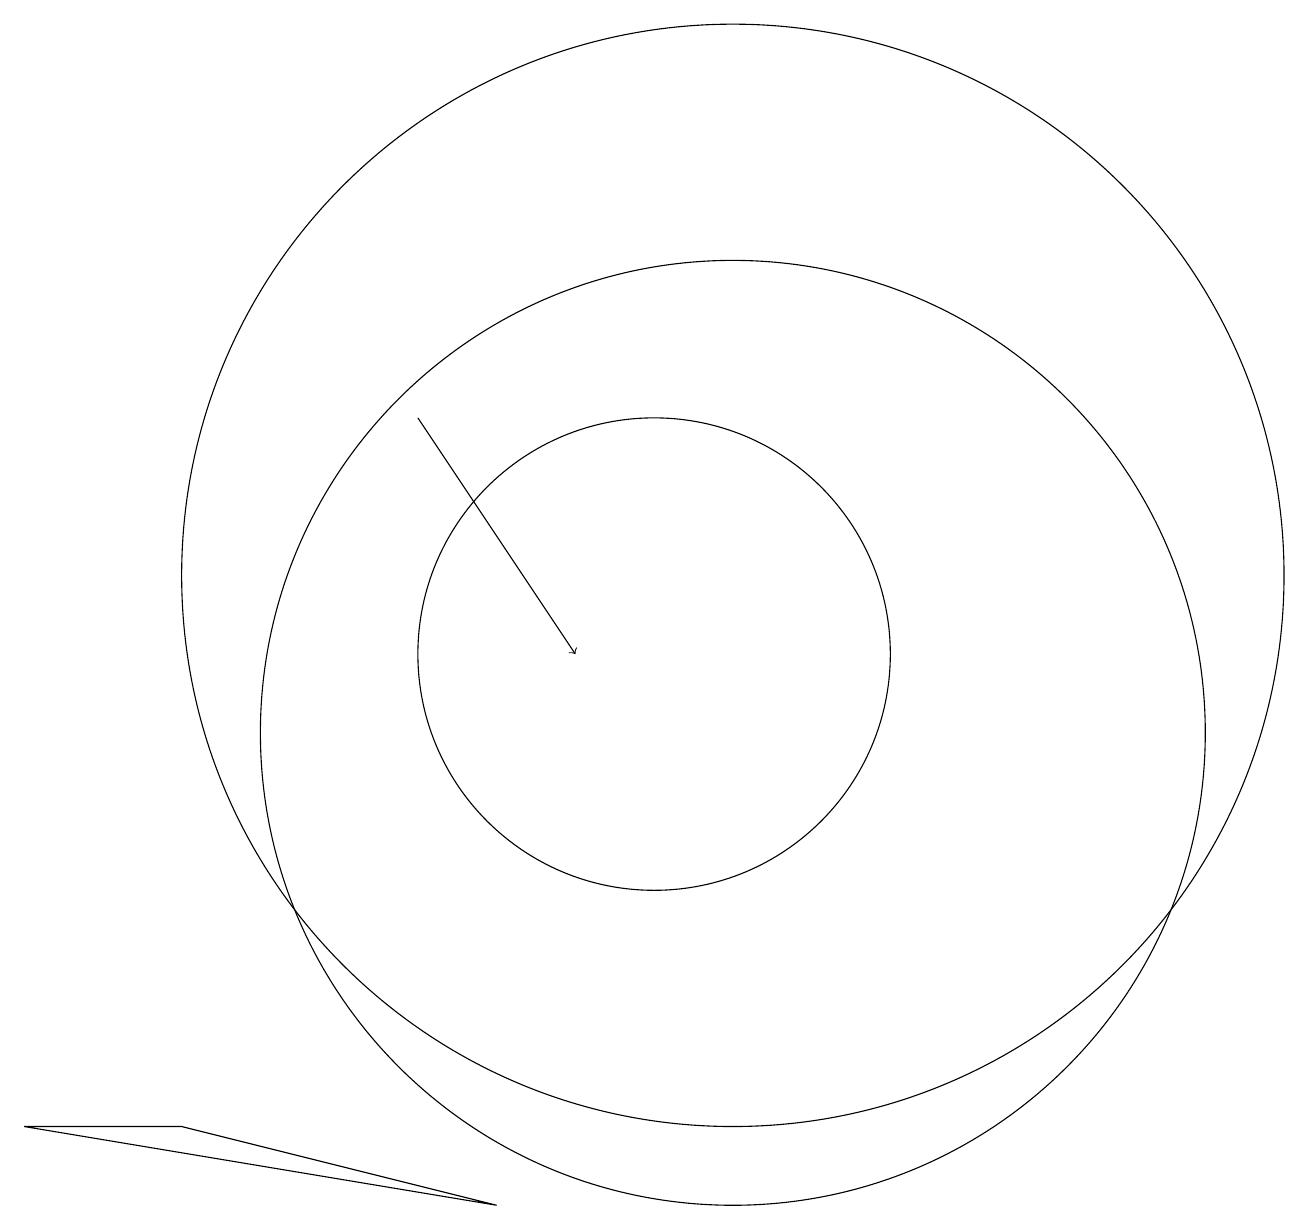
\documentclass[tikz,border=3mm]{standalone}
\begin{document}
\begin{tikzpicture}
\draw (11,10) circle (0);
\draw (11,12) circle (7);
\draw (11,10) circle (6);
\draw[->] (7,14) -- (9,11);
\draw (4,5) -- (2,5) -- (8,4) -- cycle;
\draw (10,11) circle (3);
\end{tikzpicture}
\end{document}